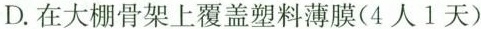
D.在大棚骨架上覆盖塑料薄膜(4人1天)